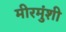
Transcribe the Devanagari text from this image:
मीरमुंशी